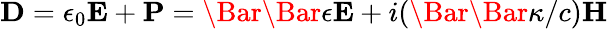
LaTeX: \textbf{D}=\epsilon_{0}\textbf{E}+\textbf{P}=\Bar{\Bar{\epsilon}}\textbf{E}+i(\Bar{\Bar{\kappa}}/c)\textbf{H}